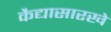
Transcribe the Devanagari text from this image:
कैद्यासारखे